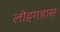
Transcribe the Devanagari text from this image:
लोहगडास